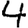
Digit: 4